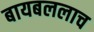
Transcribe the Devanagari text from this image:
बायबललाच